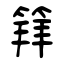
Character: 𥯟